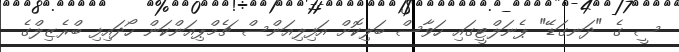
ސީ ގެ "ދަނގަޑޭ" ޕެނަލްޓީގައި ހަވާސް ބަލިކޮށް އަފިލިއަންސް ޗެމްޕިއަންކަން ހޯދައިފި ބްރެޒިލްގެ